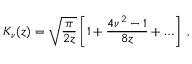
K _ { \nu } ( z ) = \sqrt { \frac { \pi } { 2 z } } \left[ 1 + \frac { 4 \nu ^ { 2 } - 1 } { 8 z } + \ldots \right] \; ,